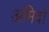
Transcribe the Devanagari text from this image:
अमिदो